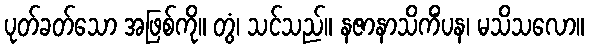
ပုတ်ခတ်သော အဖြစ်ကို။ တွံ၊ သင်သည်။ နဇာနာသိကိံပန၊ မသိသလော။